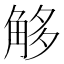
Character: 𧣣